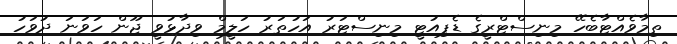
ތިމާވެއްޓާބެހޭ މިނިސްޓްރީގެ ޑެޕިއުޓީ މިނިސްޓަރު އަހުތަރު ހަލީމް ވިދާޅުވީ ޖޫން ހަވަނަ ދުވަހު